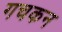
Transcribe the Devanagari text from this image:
गचकन